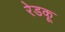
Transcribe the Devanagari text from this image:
रेडकू